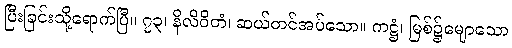
ပြီးခြင်းသို့ရောက်ပြီ။ ၇၃၊ နိလိဝိတံ၊ ဆယ်တင်အပ်သော။ ကဋ္ဌံ၊ မြစ်၌မျောသော